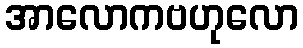
အာလောကဗဟုလော